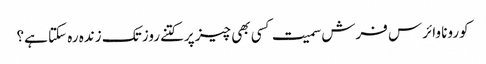
کورونا وائرس فرش سمیت کسی بھی چیز پرکتنےروز تک زندہ رہ سکتا ہے؟